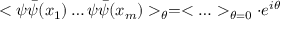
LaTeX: < \psi \bar { \psi } ( x _ { 1 } ) \ldots \psi \bar { \psi } ( x _ { m } ) > _ { \theta } = < \ldots > _ { \theta = 0 } \cdot e ^ { i \theta }